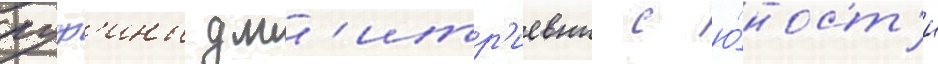
руф'ины дм'итр'иевны с ю́ност'и